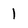
Character: 1